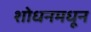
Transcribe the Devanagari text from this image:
शोधनमधून